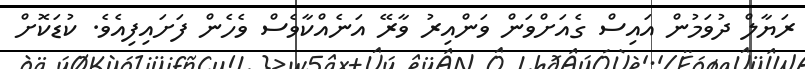
ރަޔާލް ދުވަމުން އައިސް ގެއަށްވަން ވަންއިރު ވާރޭ އަނެއްކާވެސް ވެހެން ފަށައިފިއެވެ. ކުޑަކޮށް